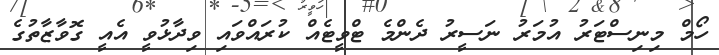
ހޯމް މިނިސްޓަރު އުމަރު ނަސީރު ދެންމެ ޓްވީޓެއް ކުރައްވައި ވިދާޅުވީ އެއީ ގޮވާޒާތުގެ